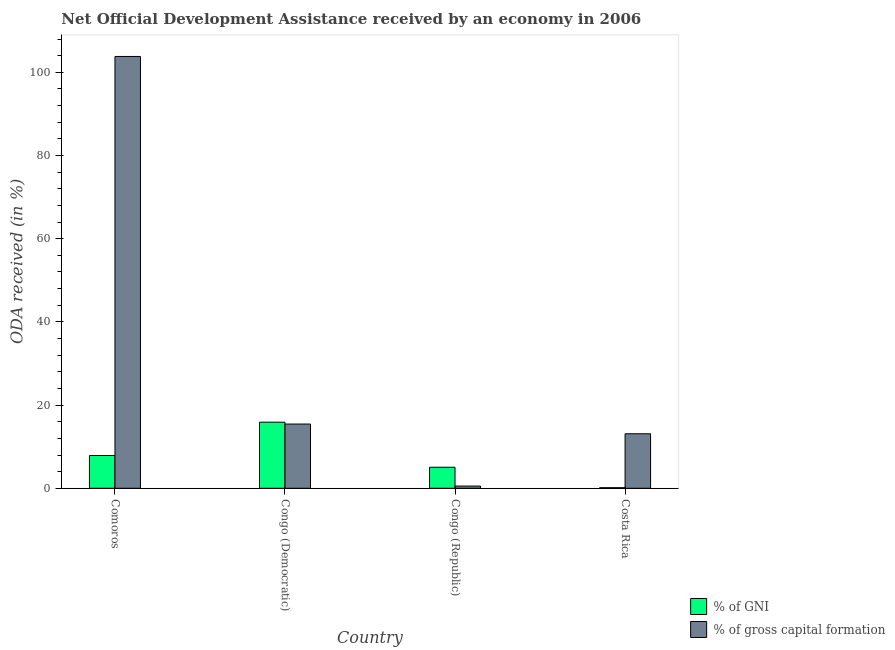
| Country | % of GNI | % of gross capital formation |
 | --- | --- | --- |
 | Comoros | 7.88 | 104 |
 | Congo (Democratic) | 15.9 | 15.4 |
 | Congo (Republic) | 5.06 | 0.533 |
 | Costa Rica | 0.141 | 13.1 |